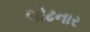
લોઢનાર